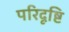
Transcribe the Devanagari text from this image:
परिदृष्टि